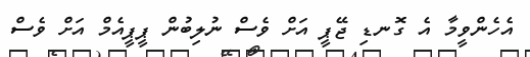
އެހެންވީމާ އެ ގޮނޑި ޖޭޕީ އަށް ވެސް ނުލިބުން ޕީޕީއެމް އަށް ވެސް